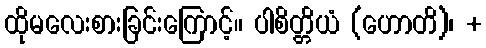
ထိုမလေးစားခြင်းကြောင့်။ ပါစိတ္တိယံ (ဟောတိ)၊ +